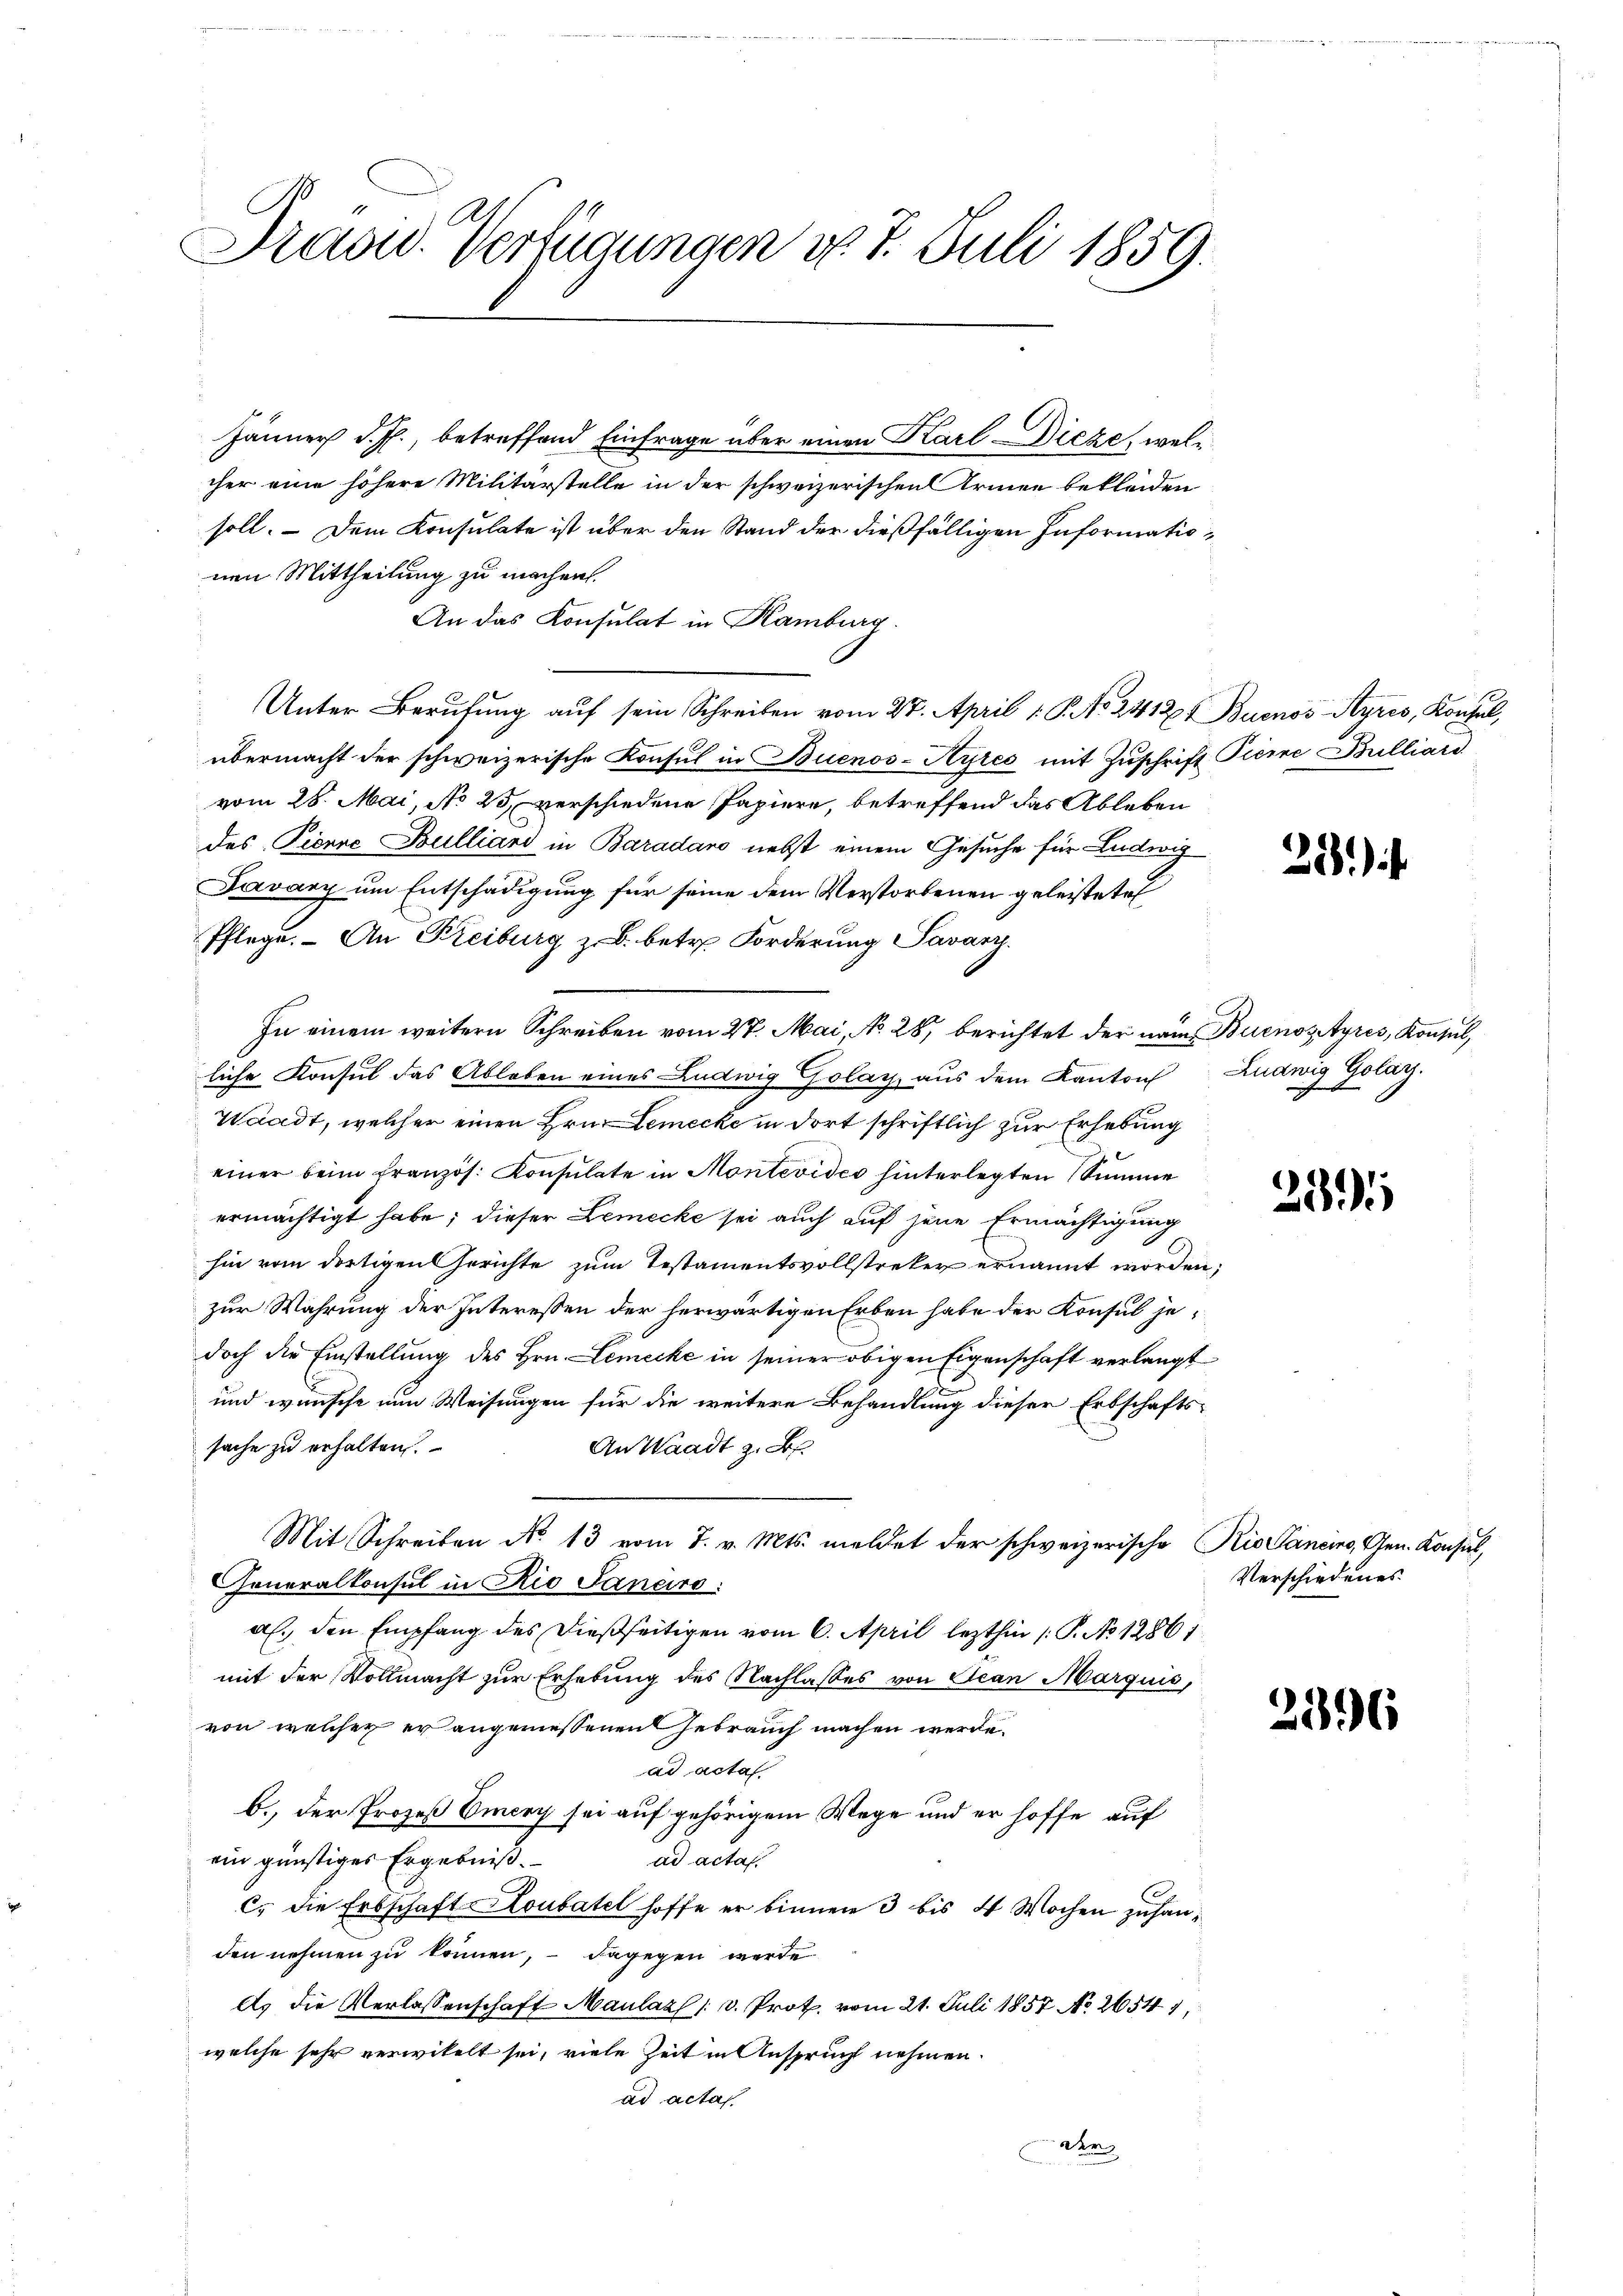
Tradid. Verfügungen d. 7. Juli 1859.

Jänner d. J., betreffend Einfrage über einen Karl Dieze, welcher eine höhere Militärstelle in der schweizerischen Armen bekleiden
soll. – Dem Konsulate ist über den Stand der dießfälligen Informationen Mittheilung zu machen.
An das Konsulat in Kamburg.
Unter Berufung auf sein Schreiben vom 27. April 1 S. No. 2412 Buenos Ayres, Konzel,
übermacht der schweizerische Konsul in Buenos-Ayres mit Zuschrift Tiere Bulliard
vom 28. Mai, No 25. verschiedene Papiere, betreffend das Ableben
des Pierre Bulliand in Baradano nebst einem Gesuche für Ludwig
Javanz um Entschädigung für seine dem Verstorbenen geleistete
Pflege. – An Freiburg z. B. betr. Forderung Savarz.
In einem weitern Schreiben vom 27. Mai, No 28, berichtet der name Buenosstyres, Konsul,
liche Konsul das Ableben eines Ludwig Golay aus dem Kanton Ludwig Golay.
Waadt, welcher einen Hrn. Lemecke in dort schriftlich zur Erhebung
einer beim französ. Konsulate in Montevides hinterlegten Summe
ermächtigt habe; dieser Lemecke sei auch auf jene Ermächtigung
hin vom dortigen Gerichte zum Testamentsvollstreker ernannt worden;
zur Wahrung der Interessen der herwärtigen Erben habe der Konsul jedoch die Einstellung des Hrn. Lemecke in seiner obigen Eigenschaft verlangt
.
und wünsche nun Weisungen für die weitere Behandlung dieser Erbschafts-
sache zu erhalten.
An Waadt z. B.
Mit Schreiben No 13 vom 7. v. Mts. meldet der schweizerische Rio Cancino, Gen. Konsul,
Generalkonsul in Rio Janeirs:
al. den Empfang des dießseitigen vom 6. April lezthin /: P. No 12861.
mit der Vollmacht zur Erhebung des Nachlasses von Jean Marquis,
von welcher er angemessenen Gebrauch machen werde.
ad acta
b. der Prozeß Emery sei auf gehörigem Wege und er hoffe auf
ein günstiges Ergebniß.
ad acta
c. die Erbschaft Loubatel hoffe er binnen 3 bis 4 Wochen zuhanden nehmen zu können, – dagegen werde
As die Verlassenschaft Maulaz /: v. Prot. vom 21. Juli 1857 No 26547,
welche sehr verwitelt sei, viele Zeit in Anspruch nehmen.
ad acta
der

224

239

Verschiedenes

2396